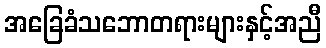
အခြေခံသဘောတရားများနှင့်အညီ